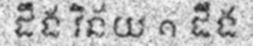
ដឹង វិន័យ ១ ដឹង